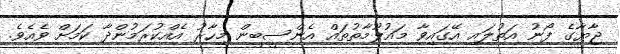
ޖާޔާގެ ފޯނު އަތުލައި އޭގައިވާ މައުލޫމާތުތައް އެންސީބީން މިހާރު އެއްކުރަމުންދާ ކަމަށް ވެއެވެ.